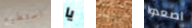
استطيع يا وإنقاذ اصعدوا